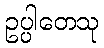
ဥပ္ပါတေသု